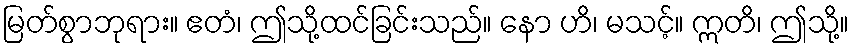
မြတ်စွာဘုရား။ ဧတံ၊ ဤသို့ထင်ခြင်းသည်။ နော ဟိ၊ မသင့်။ ဣတိ၊ ဤသို့။